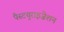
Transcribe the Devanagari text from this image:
पैस्टयुराइज़ेशन